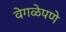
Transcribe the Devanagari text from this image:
वेगळेपणे